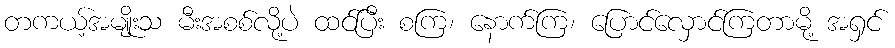
တကယ့်အမျိုးသ မီးအစစ်လို့ပဲ ထင်ပြီး စကြ၊ နောက်ကြ၊ ပြောင်လှောင်ကြတာမို့ အရှင်